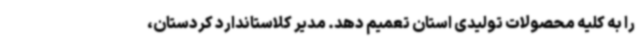
را به کلیه محصولات تولیدی استان تعمیم دهد. مدیر کلاستاندارد کردستان،